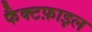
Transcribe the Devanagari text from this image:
फैक्टफ़ाइल